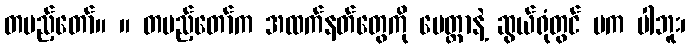
တပည့်တော်။ ။ တပည့်တော်က အထက်နတ်တွေကို မေတ္တာနဲ့ ဆွယ်ရုံတွင် မက ပါဘူး၊